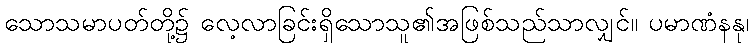
သောသမာပတ်တို့၌ လေ့လာခြင်းရှိသောသူ၏အဖြစ်သည်သာလျှင်။ ပမာဏံနနု၊